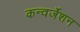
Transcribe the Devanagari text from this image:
कन्वर्जेशन